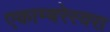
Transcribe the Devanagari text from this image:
एकाम्बरेस्वरा